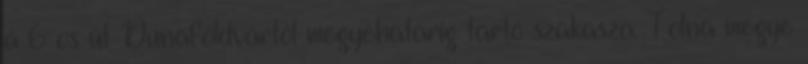
a 6-os út Dunaföldvártól megyehatárig tartó szakasza. Tolna megye